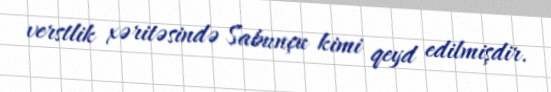
verstlik xəritəsində Sabunçu kimi qeyd edilmişdir.